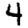
Digit: 4